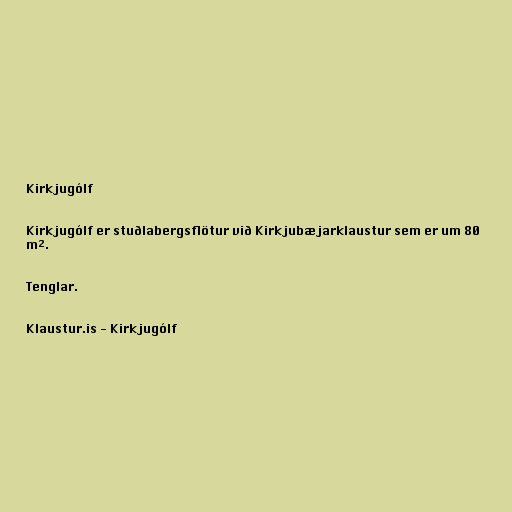
Kirkjugólf

Kirkjugólf er stuðlabergsflötur við Kirkjubæjarklaustur sem er um 80
m².

Tenglar.

Klaustur.is - Kirkjugólf